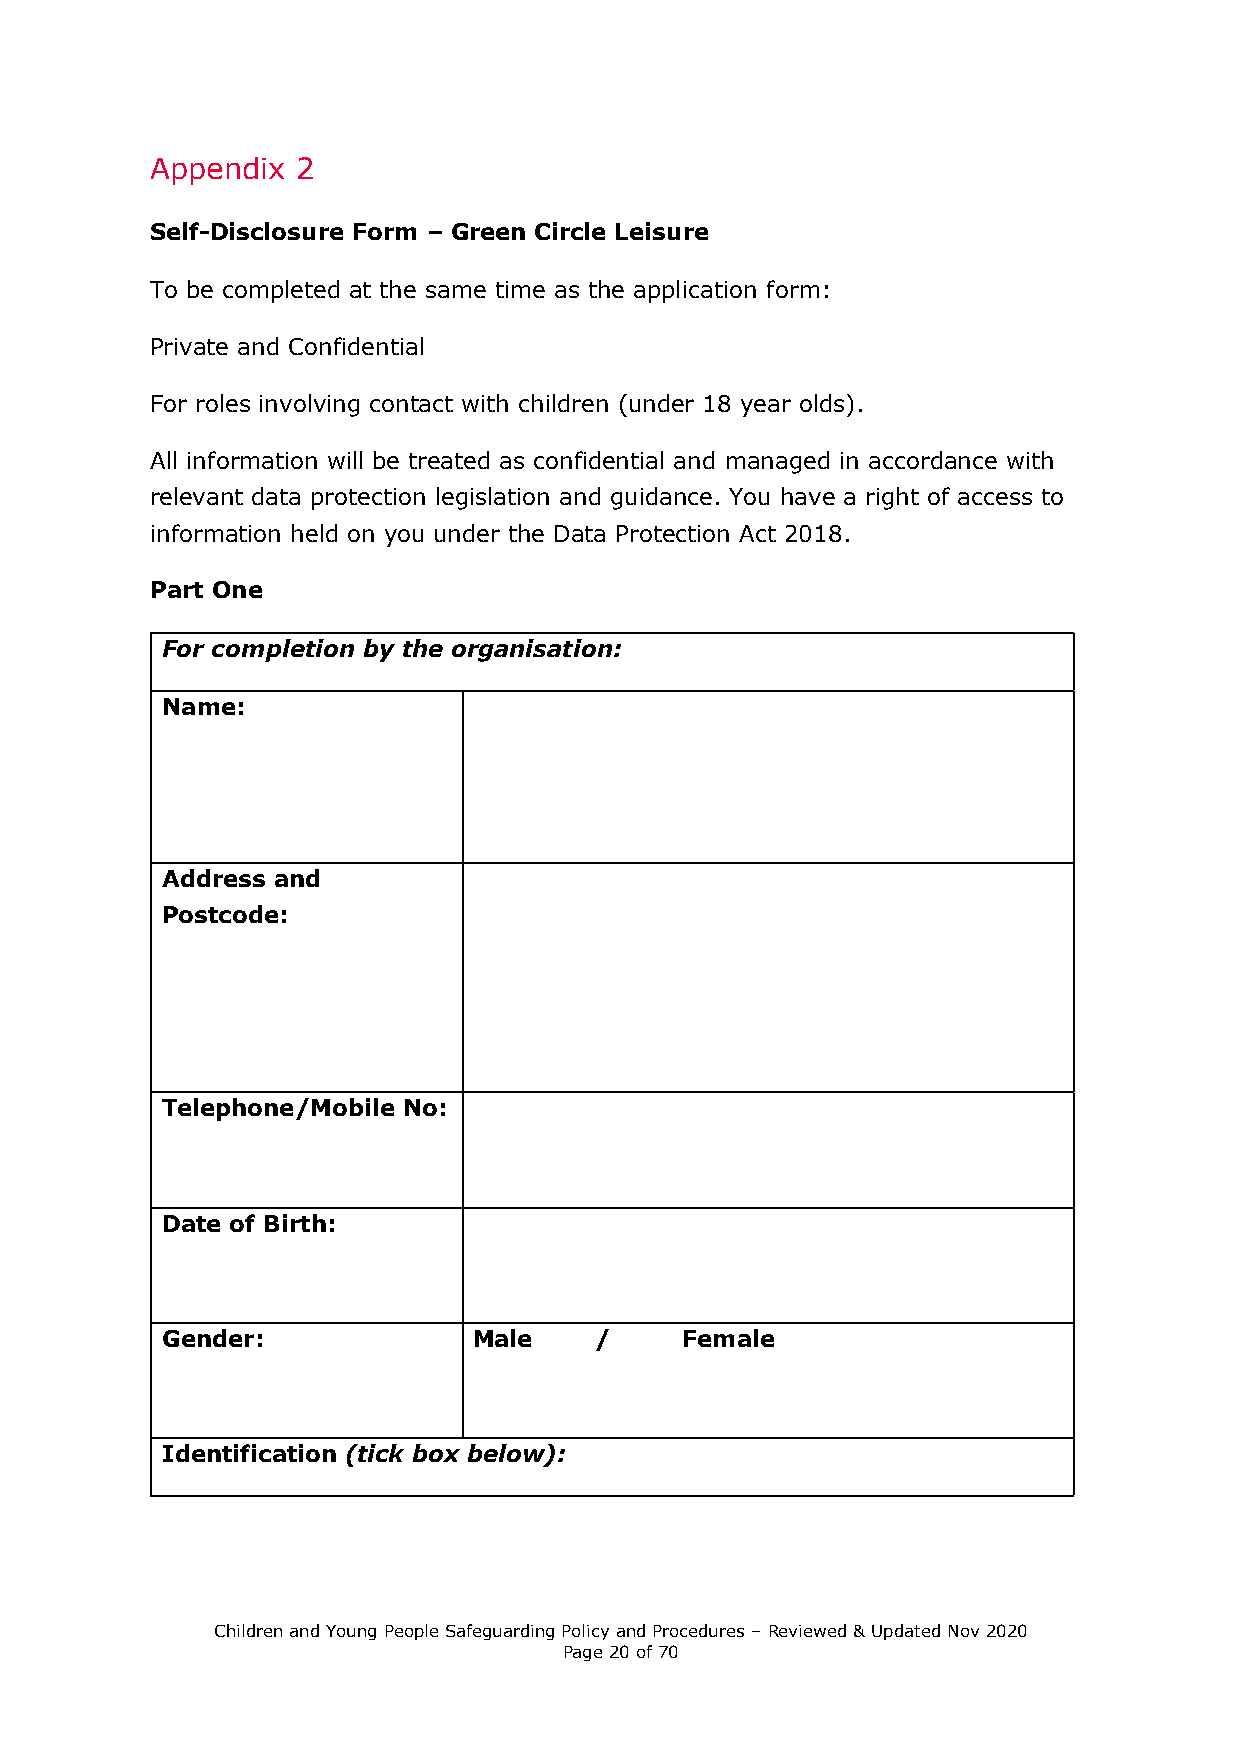
Appendix  2
 Self-Disclosure Form – Green Circle Leisure
 To be completed at the same time as the application form:
 Private and Confidential
 For roles involving contact with children (under 18 year olds).
 All information will be treated as confidential and managed in accordance with
 relevant data protection legislation and guidance. You have a right of access to
 information held on you under the Data Protection Act 2018.
 Part One
 For completion by the organisation:
 Name:
 Address and
 Postcode:
 Telephone/Mobile No:
 Date of Birth:
 Gender:             Male    /     Female
 Identification (tick box below):
 Children and Young People Safeguarding Policy and Procedures – Reviewed & Updated Nov 2020
 Page 20 of 70